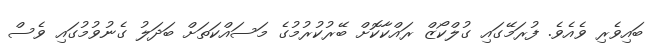
ބައިވެރި ވެއެވެ. ފުރަމޭގައި ގުލްކޯޒް ރައްކާކޮށް ބޭރުކުރުމުގެ މަސައްކަތަށް ބަދަލު ގެނުވުމުގައި ވެސް